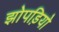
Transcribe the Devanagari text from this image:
झोपड़ियो